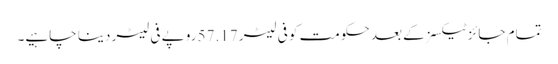
تمام جائز ٹیکسز کے بعد حکومت کو فی لیٹر 57.17 روپے فی لیٹر دینا چاہیے۔